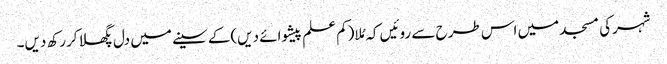
شہرکی مسجد میں اس طرح سے روئیں کہ مُلا(کم علم پیشوائے دیں)کے سینے میں دل پگھلا کررکھ دیں۔